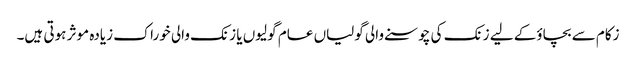
زکام سے بچاؤ‌کے لیے زنک کی چوسنے والی گولیاں عام گولیوں یا زنک والی خوراک زیادہ موثر ہوتی ہیں۔